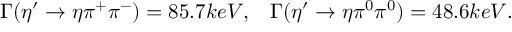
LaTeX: \Gamma ( \eta ^ { \prime } \rightarrow \eta \pi ^ { + } \pi ^ { - } ) = 8 5 . 7 k e V , \; \; \; \Gamma ( \eta ^ { \prime } \rightarrow \eta \pi ^ { 0 } \pi ^ { 0 } ) = 4 8 . 6 k e V .